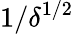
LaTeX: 1/\delta^{1/2}